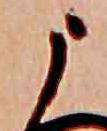
う